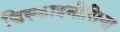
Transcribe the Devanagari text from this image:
डिस्काइनीसिया